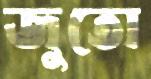
জুতো